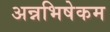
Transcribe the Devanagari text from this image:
अन्नभिषेकम